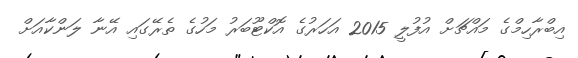
އިބްރާހިމްގެ މައްޗަށް އުފުލީ 2015 އަހަރުގެ އޮކްޓޫބަރު މަހުގެ ތެރޭގައި އޭނާ ލަންކާއަށް